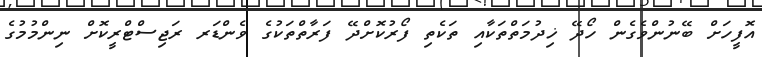
އޮފީހަށް ބޭނުންވެގެން ހޯދޭ ޚިދުމަތްތަކާއި ތަކެތި ފޯރުކޮށްދޭ ފަރާތްތަކުގެ ވެންޑަރ ރަޖިސްޓްރީކޮށް ނިންމުމުގެ